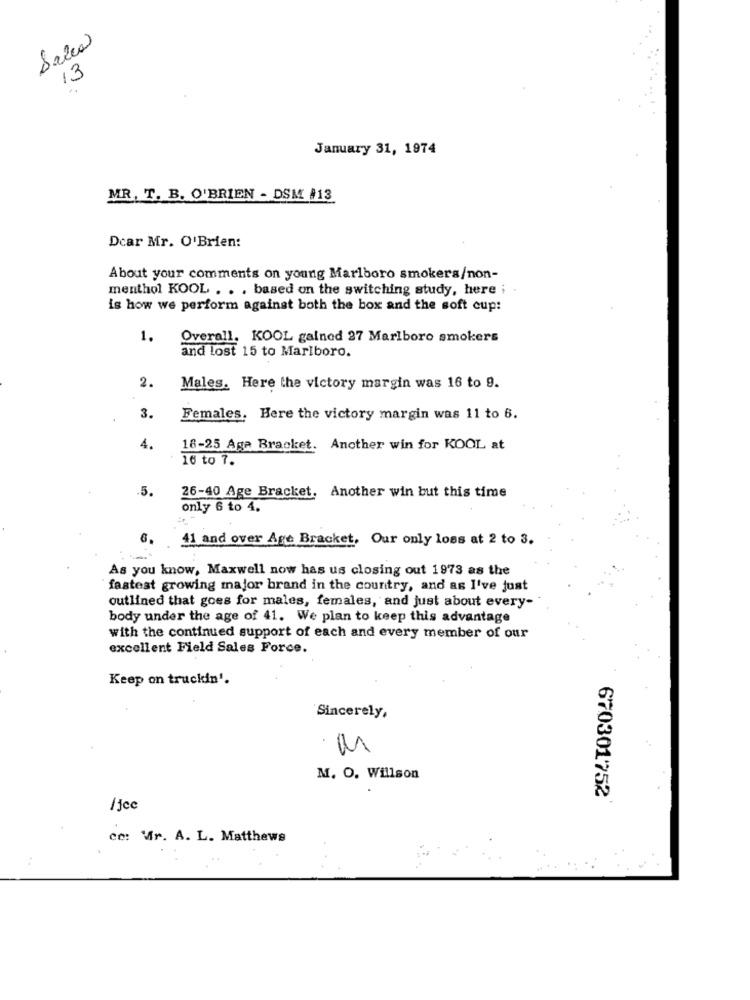
Sales
13
January 31, 1974
MR. T. B. O'BRIEN - DSM #13
Dear Mr. O'Brien:
About your comments on young Marlboro smokers/non-
menthol KOOL . . . based on the switching study, here i
is how we perform against both the box and the soft cup:
1.
Overall. KOOL gained 27 Marlboro smokers
and lost 15 to Marlboro.
2.
Males. Here the victory margin was 16 to 9.
3.
Females. Here the victory margin was 11 to 6.
4.
18-25 Aga Bracket. Another win for KOOL at
16 to 7.
.5.
26-40 Age Bracket. Another win but this time
only 6 to 4.
41 and over Age Bracket, Our only loss at 2 to 3.
As you know, Maxwell now has us closing out 1973 as the
fastest growing major brand in the country, and as I've just
outlined that goes for males, females, and just about every-
body under the age of 41. We plan to keep this advantage
with the continued support of each and every member of our
excellent Field Sales Force.
Keep on truckin'.
Sincerely,
M. O. Willson
670301752
/jce
co: Mr. A. L. Matthews